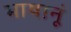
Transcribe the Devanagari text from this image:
भाषानूं